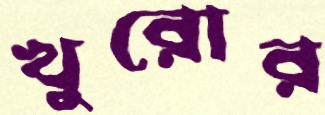
খুরোর